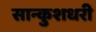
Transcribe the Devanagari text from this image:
सान्कुशधरी